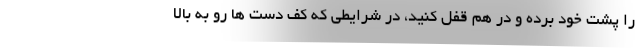
را پشت خود برده و در هم قفل کنید، در شرایطی که کف دست ها رو به بالا